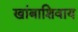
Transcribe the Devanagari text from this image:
खांबाशिवाय